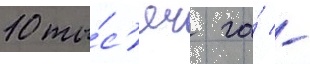
10 ты́с'яч га́ -